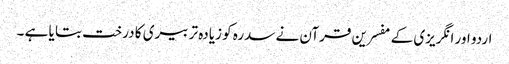
اردو اور انگریزی کے مفسرین قرآن نے سدرہ کو زیادہ تر بیری کا درخت بتا یا ہے ۔